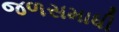
જળસમાધી